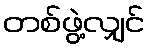
တစ်ဖွဲ့လျှင်